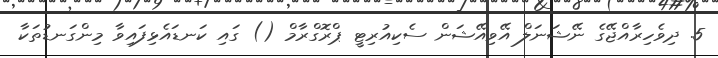
5. ދިވެހިރާއްޖޭގެ ނޭޝަނަލް އޭވިއޭޝަން ސެކިއުރިޓީ ޕްރޮގްރާމް () ގައި ކަނޑައެޅިފައިވާ މިންގަނޑުތަކާ